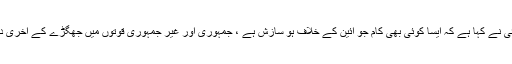
18 اکتوبر2017ء) پشتونخواہ ملی عوامی پارٹی کے سربراہ محمود خان اچکزئی نے کہا ہے کہ ایسا کوئی بھی کام جو آئین کے خلاف ہو سازش ہے ، جمہوری اور غیر جمہوری قوتوں میں جھگڑے کے آخری دور میں ہیں ، جو ادارہ اپنی حدود سے نکلے گا وہ آئین کے خلاف کام کرے گا ۔